Vital statistics of India. Vol. V, Reports of 1876 on armies & jails and on epidemic cholera
Year: 1876
Disease focus: Cholera
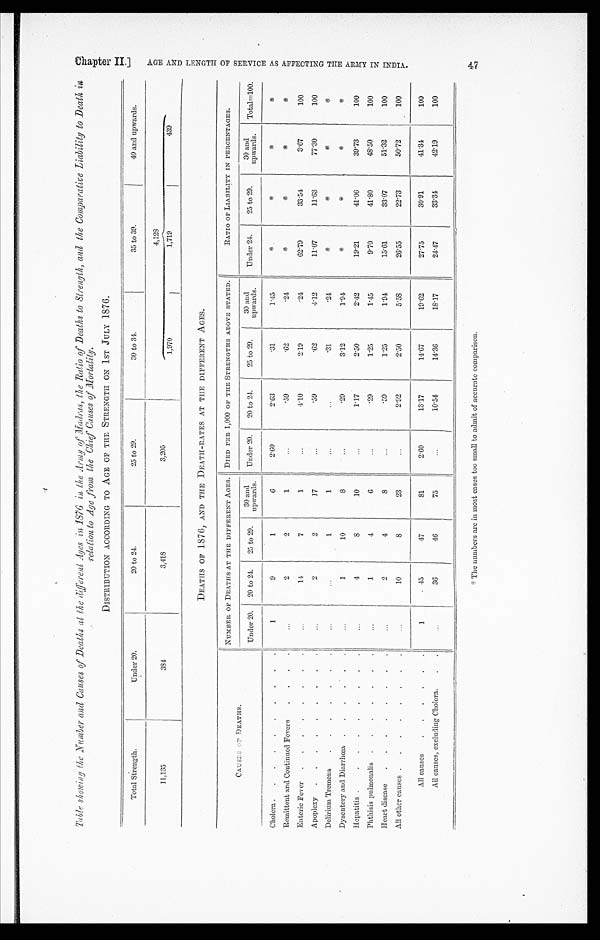
Table showing the Number and Causes of Deaths at the different Ages in 1876 in the Army of Madras, the Ratio of Deaths to Strength, and the Comparative Liability to Death i
n relation to Age from the Chief Causes of Mortality.
DISTRIBUTION ACCORDING TO AGE OF THE STRENGTH ON 1ST JULY 1876.
Total Strength.
Under 20.
20 to 24.
25 to 29.
30 to 34.
35 to 39.
40 and upwards.
11,135
384
3,418
3,205
4,128
1,970
1,719
439
DEATHS OF 1876, AND THE DEATH-RATES AT THE DIFFERENT AGES.
CAUSES OF DEATHS.
NUMBER OF DEATHS AT THE DIFFERENT AGES. DIED PER 1,000 OF THE STRENGTHS ABOVE STATED.
RATIO OF LIABILITY IN PERCENTAGES.
U n d e r 2 0 .
20 to 24.
25 to 29.
30 and
upwards.
Under 20.
20 to 24.
25 to 29.
30 an
d
upwards.
Under 24.
25 to 29.
30 and
upwards.
Total=100.
Cholera . . .
1
9
1
6
2.60
2.63
.31
1.45
*
*
*
*
Remittent and Continued Fevers
. . .
. . .
2
2
1
. . .
.59
.62
.24
*
*
*
*
Enteric Fever . . .
. . .
1 4
7
1
. . .
4.10
2.19
.24
62.79
33.54
3.67
100
Apoplexy . . .
. . .
2
2
17
. . .
.59
.62
4.12
11.07
11.63
77.30
100
Delirium Tremens . . .
. . .
. . .
1
1
. . .
. . .
.31
.24
*
*
*
*
Dysentery and Diarrhœa . . .
. . .
1
10
8
. . .
.29
3.12
1.94
*
*
*
*
Hepatitis . . .
. . .
4
8
10
. . .
1.17
2.50
2.42
19.21
41.06
39.73
100
Phthisis pulmonalis . . .
. . .
1
4
6
. . .
.29
1.25
1.45
9.70
41.80
48.50
100
Heart disease . . .
. . .
2
4
8
. . .
.59
1.25
1.94
15.61
33.07
51.32
100
All other causes . . .
. . .
10
8
23
. . .
2.92
2.50
5.58
26.55
22.73
50.72
100
All causes . . .
1
45
47
81
2.60
13.17
14.67
19.62
27.75
30.91
41.34
100
All causes, excluding Cholera. . . .
. . .
36
46
75
. . .
10.54
14.36
18.17
24.47
33.34
42.19
100
* The numbers are in most cases too small to admit of accurate comparison.
Chapter II.)
A G E A N D L E N G T H O F S E R V I C E A S A F F E C T I N G T H E A R M Y I N I N D I A .
47